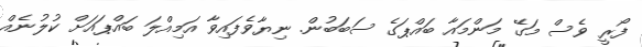
ފޯރީ ވެސް މަގޭ މަންމައާ ބައްޕަގެ ސަބަބުން. ނިޔާވެފައިވާ އަމިއްލަ ބައްޕައަށް ކުލުނެއް